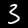
Label: 3